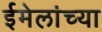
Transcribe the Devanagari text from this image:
ईमेलांच्या